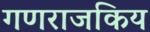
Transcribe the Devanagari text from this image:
गणराजकिय